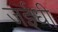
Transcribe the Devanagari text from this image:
जईधी